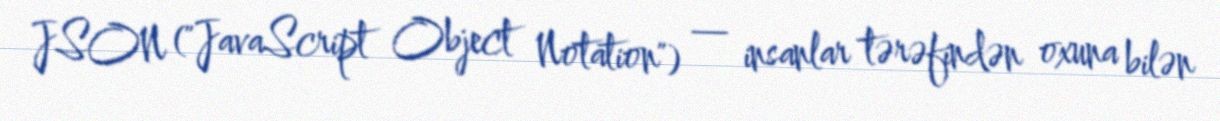
JSON ("JavaScript Object Notation") — insanlar tərəfindən oxuna bilən